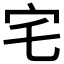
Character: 宅